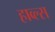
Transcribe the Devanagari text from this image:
हाव्ल्स